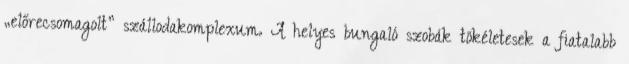
„előrecsomagolt” szállodakomplexum. A helyes bungaló szobák tökéletesek a fiatalabb